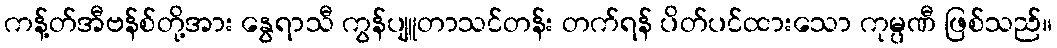
ကန့်တ်အီဗန်စ်တို့အား နွေရာသီ ကွန်ပျူတာသင်တန်း တက်ရန် ပိတ်ပင်ထားသော ကုမ္ပဏီ ဖြစ်သည်။